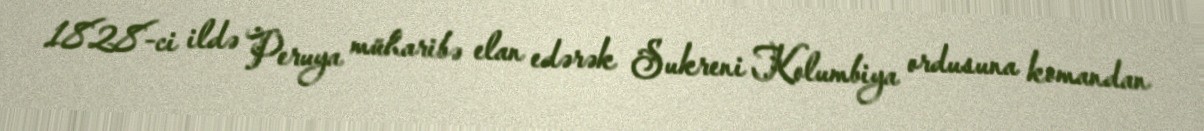
1828-ci ildə Peruya müharibə elan edərək Sukreni Kolumbiya ordusuna komandan